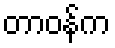
တာဝန်က